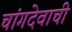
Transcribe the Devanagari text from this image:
चांगदेवाची